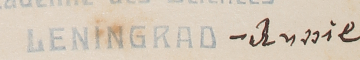
LENINGRAD - Russie